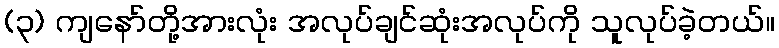
(၃) ကျနော်တို့အားလုံး အလုပ်ချင်ဆုံးအလုပ်ကို သူလုပ်ခဲ့တယ်။